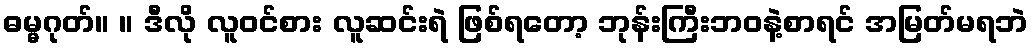
ဓမ္မဂုတ်။ ။ ဒီလို လူဝင်စား လူဆင်းရဲ ဖြစ်ရတော့ ဘုန်းကြီးဘဝနဲ့စာရင် အမြတ်မရဘဲ